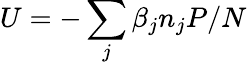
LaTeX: U=-\sum_{j}\beta_{j}n_{j}P/N